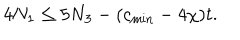
LaTeX: 4 N _ { 1 } \leq 5 N _ { 3 } - ( c _ { \mathrm { m i n } } - 4 \chi ) t .